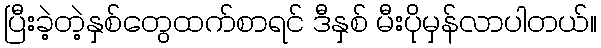
ပြီးခဲ့တဲ့နှစ်တွေထက်စာရင် ဒီနှစ် မီးပိုမှန်လာပါတယ်။